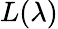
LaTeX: L(\lambda)